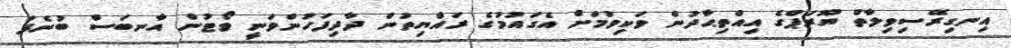
އިނގިރޭސިވިލާތް ޔޫރަޕްގެ އިއްތިޙާދުން ވަކިވުމަށް އެގައުމުގެ ރައްޔިތުން ދާދިފަހުންވަނީ ވޯޓުން އާނބަސް ބުނެފަ